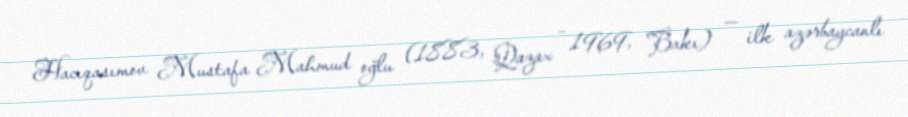
Hacıqasımov Mustafa Mahmud oğlu (1883, Qazax – 1969, Bakı) — ilk azərbaycanlı